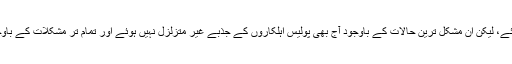
دہشت گردی کے سبب ہزاروں جوان جان سے چلے گئے، لیکن اِن مشکل ترین حالات کے باوجود آج بھی پولیس اہلکاروں کے جذبے غیر متزلزل نہیں ہوئے اور تمام تر مشکلات کے باوجود یہ اب بھی ہماری حفاظت کے لیے کمر بستہ ہیں۔